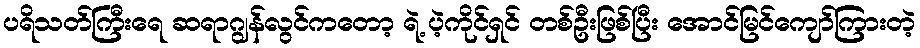
ပရိသတ်ကြီးရေ ဆရာဂျွန်လွင်ကတော့ ရဲ့ ပဲ့ကိုင်ရှင် တစ်ဦးဖြစ်ပြီး အောင်မြင်ကျော်ကြားတဲ့